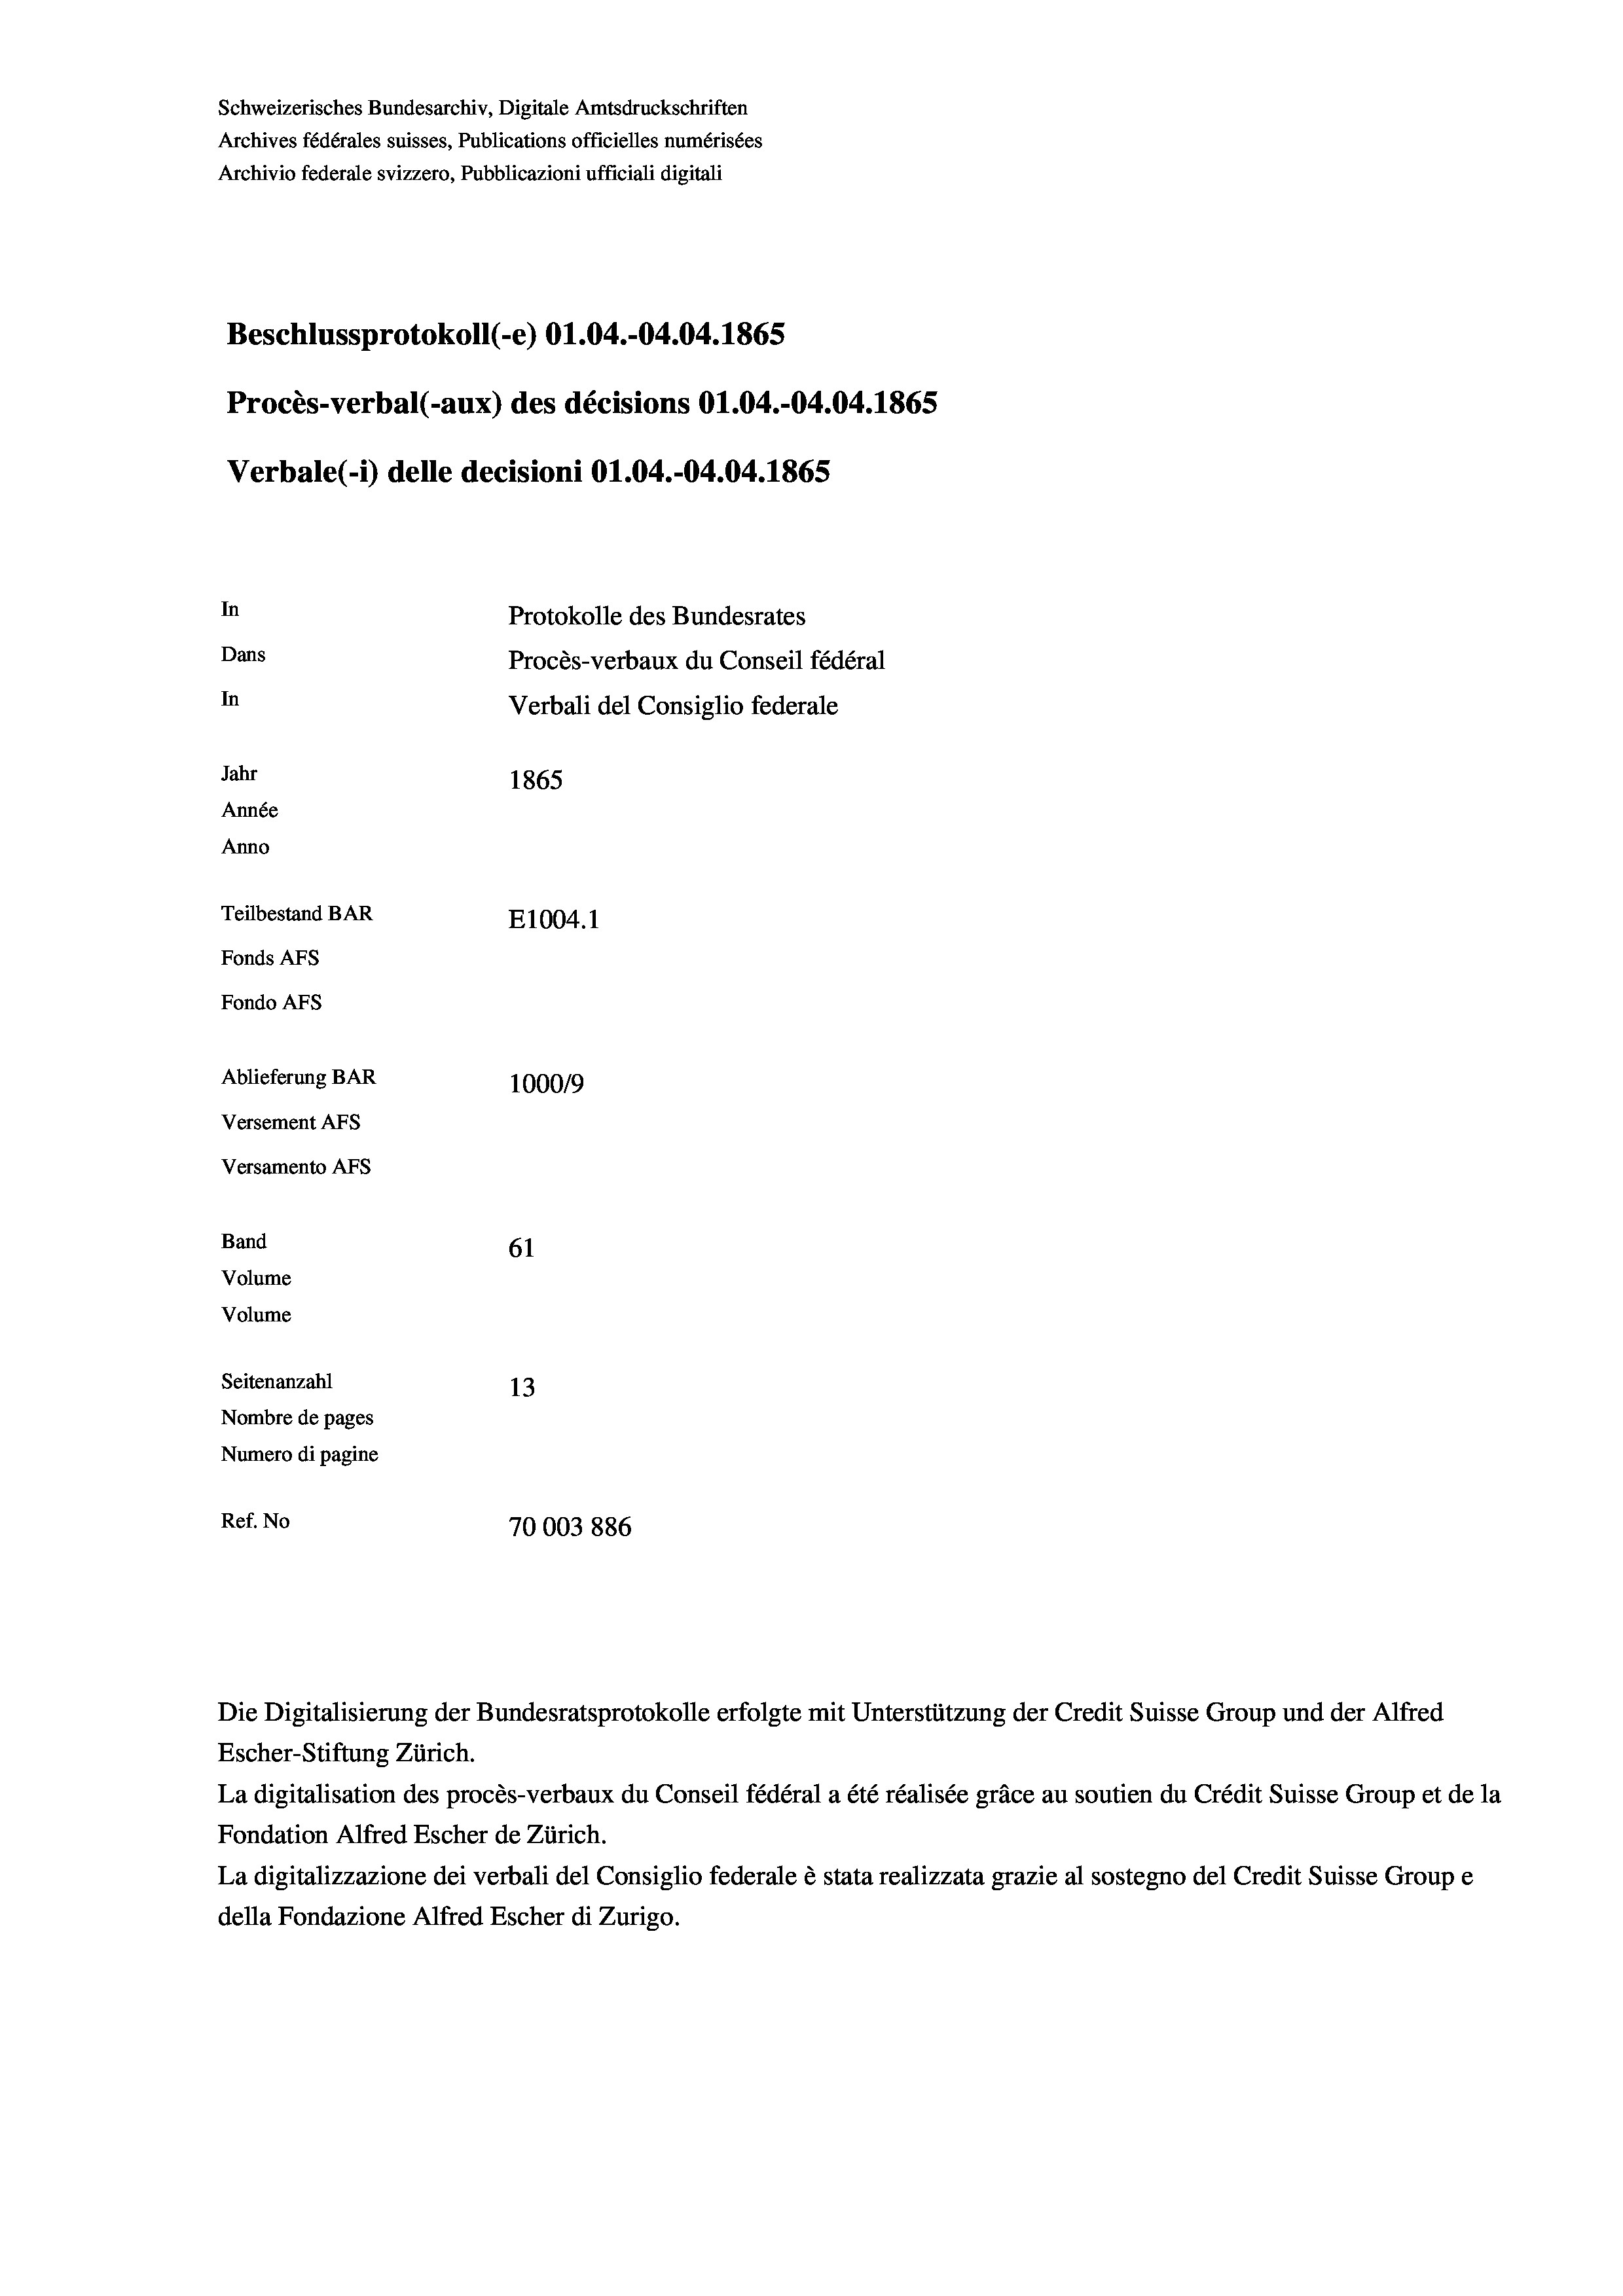
Schweizerisches Bundesarchiv, Digitale Amtsdruckschriften
Archives fédérales suisses, Publications officielles numérisées
Archivio federale svizzero, Pubblicazioni ufficiali digitali
Beschlussprotokoll (-e) O1.04.-04.04. 1865
Procès-verbal (-aux) des décisions O1.04.-04.04. 1865
Verbale (-*) delle decisioni O1.04.-04.04. 1865
In
Protokolle des Bundesrates
Dans
Procès-verbaux du Conseil fédéral
In
Verbali del Consiglio federale
Jahr
1865
Année
Anno
Teilbestand BAR
E1004.1
Fonds AFs
Fondo AFs
Ablieferung BAR
100019
Versement AFs
Versamento Afs
Band
61
Volume
Volume
Seitenanzahl
13
Nombre de pages
Numero di pagine
Ref. No
70003 886

Escher-Stiftung Zürich.
La digitalisation des procès-verbaux du Conseil fédéral a été réalisée gräce au soutien du Crédit Suisse Group et de la
Fondation Alfred Escher de Zürich.
La digitalizzazione dei verbali del Consiglio federale è stata realizzata grazie al sostegno del Credit Suisse Groupe
della Fondazione Alfred Escher di Zurigo.

Die Digitalisierung der Bundesratsprotokolle erfolgte mit Unterstützung der Credit Suisse Group und der Alfred